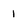
Character: 1